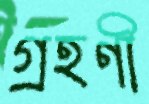
গ্রহণী